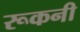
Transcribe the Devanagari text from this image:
रूकनी